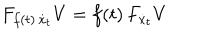
F _ { f ( t ) \, \dot { x } _ { t } } V = f ( t ) \, F _ { \dot { x } _ { t } } V